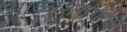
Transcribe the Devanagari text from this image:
आकाशगंगांवर